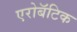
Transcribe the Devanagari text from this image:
एरोबॅटिक